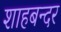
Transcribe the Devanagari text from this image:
शाहबन्दर